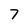
Character: 7